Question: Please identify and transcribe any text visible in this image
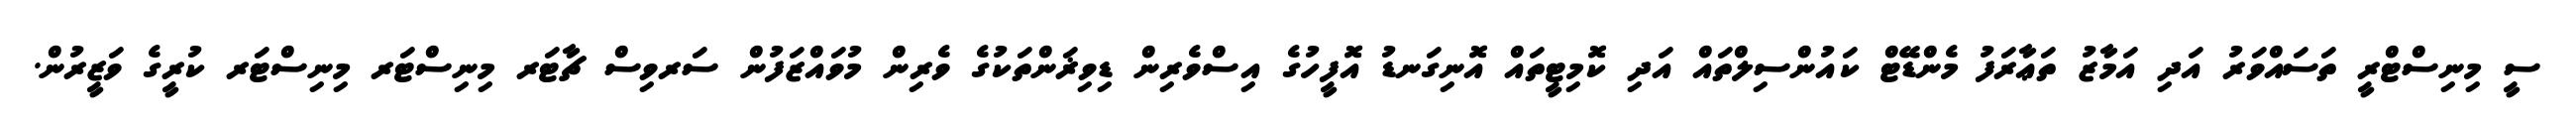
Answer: ސީ މިނިސްޓްރީ ތަސައްވަރު އަދި އަމާޒު ތަޢާރަފު މެންޑޭޓް ކައުންސިލްތައް އަދި ކޮމިޓީތައް އޮނިގަނޑު އޮފީހުގެ އިސްވެރިން ޑިވިޜަންތަކުގެ ވެރިން މުވައްޒަފުން ސަރވިސް ޗާޓަރ މިނިސްޓަރ މިނިސްޓަރ ކުރީގެ ވަޒީރުން.